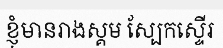
ខ្ញុំមានរាងស្គម ស្បែកស្ទើរ